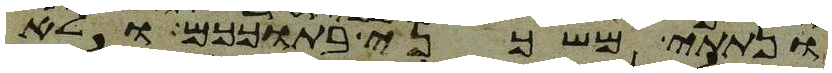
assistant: ונתתי משכני בתוככם ולא